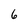
Character: 6